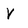
Character: V